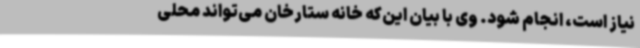
نیاز است، انجام شود. وی با بیان این‌که خانه ستارخان می‌تواند محلی